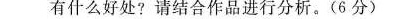
又什么好处？请结合作品进行分析。（6分）